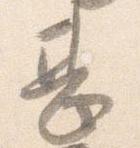
甚